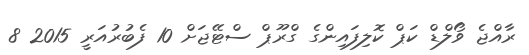
ރާއްޖެ ވޯލްޑް ކަޕް ކޮލިފައިންގެ ގްރޫޕް ސްޓޭޖަށް 10 ފެބުރުއަރީ 2015 8